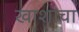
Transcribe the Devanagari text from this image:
खाशांचा